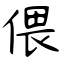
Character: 偎